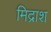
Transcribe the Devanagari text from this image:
मिद्राश